Vaccination in Bombay 1913-1923 - 1913-1923
Year: 1913
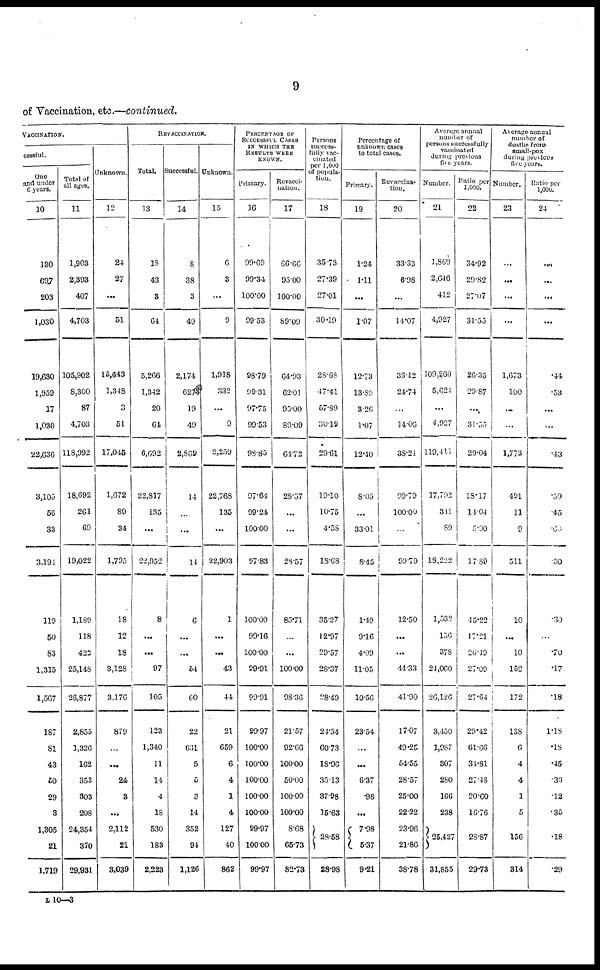
9
of Vaccination, etc.—continued.
VÁCCINATION.
cessful.
One
and under
6 years.
10
130
697
203
1,030
19,630
1,959
17
1,030
22,636
3,105
56
33
3,191
119
50
83
1,315
1,567
187
81
43
50
29
3
1,305
21
1,719
Total of
all ages.
11
1,903
2,393
407
4,703
105,902
8,300
87
4,703
118,992
18,692
261
69
19,022
1,189
118
422
25,148
26,877
2,855
1,326
162
353
303
208
24,354
370
29,931
Unknown.
12
24
27
...
51
l5,643
1,348
3
51
17,045
1,672
89
34
1,795
18
12
18
3,128
3,176
879
...
...
24
3
...
2,112
21
3,039
REVACCINATION.
Total.
13
18
43
3
64
5,266
1,342
20
61
6,692
22,817
135
...
22,952
8
...
...
97
105
123
1,340
11
14
4
18
530
183
2,223
Successful.
14
8
38
3
49
2,174
627
19
49
2,869
14
...
...
14
6
...
...
54
60
22
631
5
5
3
14
352
94
1,126
Unknown.
15
6
3
...
9
1,918
332
...
9
2,259
22,768
135
...
22,903
1
...
...
43
44
21
659
6
4
1
4
127
40
862
PERCENTAGE OF
SUCCESSFUL CASES
IN WHICH THE
RESULTS WEEK
KNOWN.
Primary.
16
99.69
99.34
100.00
99.53
98.79
99.31
97.75
99.53
98.85
97.64
99.24
100.00
97.83
100.00
99.16
100.00
99.91
99.91
99.97
100.00
100.00
100.00
100.00
100.00
99.97
100.00
99.97
Revacci¬
nation.
17
66.66
95.00
100.00
89.09
64.93
62.01
95.00
89.09
64.72
28.57
...
...
28.57
85.71
...
...
100.00
98.36
21.57
92.66
100.00
50.00
100.00
100.00
8.68
65.73
82.73
Persons
success-
fully vac-
cinated
per 1,000
of popula-
tion.
18
35.73
27.39
27.01
30.19
28.68
47.41
57.80
30.19
29.61
19.10
10.75
4.58
18.68
35.27
12.97
29.57
28.37
28.49
24.54
60.73
18.96
35.13
37.98
15.63
23.58
28.98
Percentage of
unknown cases
to total cases.
Primary.
19
1.24
1.11
...
1.07
12.73
13.89
3.26
1.07
12.40
8.05
...
33.01
8.45
1.49
9.16
4.09
11.05
10.56
23.54
...
...
6.37
.98
...
7.98
5.37
9.21
Revaccina¬
tion.
20
33.33
6.98
...
14.07
36.12
24.74
...
14.06
38.24
99.79
100.00
...
99.79
12.50
...
...
41.33
41.90
17.07
49.25
54.55
28.57
25.00
22.22
23.96
21.86
38.78
Average annual
number of
persons successfully
vaccinated
during previous
five years.
Number.
21
1,869
2,646
412
4,927
109,260
5,624
...
4,927
119,411
17,702
341
89
18,222
1,532
156
378
24,060
26,126
3,450
1,987
307
280
166
238
25,427
31,855
Ratio per
1,000.
22
34.92
29.82
27.07
31.55
26.35
29.87
...
31.55
29.04
18.17
14.04
5.00
17.89
45.22
17.21
26.40
27.09
27.64
29.42
61.66
34.81
27.48
20.60
16.76
28.87
29.73
Average annual
number of
deaths from
small-pox
during previous
five years.
Number.
23
...
...
...
...
1,673
100
...
...
1,773
491
11
9
511
10
...
10
152
172
138
6
4
4
1
5
156
314
Ratio per
1,000.
24
...
...
...
...
.44
.53
...
...
.43
.50
.45
.60
.50
.30
...
.70
.17
.18
1.18
.18
.45
.39
.12
.35
.18
.29
L 10—3